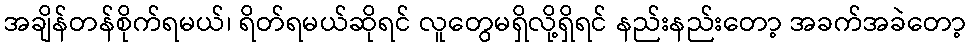
အချိန်တန်စိုက်ရမယ်၊ ရိတ်ရမယ်ဆိုရင် လူတွေမရှိလို့ရှိရင် နည်းနည်းတော့ အခက်အခဲတော့